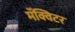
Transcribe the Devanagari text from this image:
मॅक्विटर